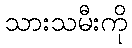
သားသမီးကို